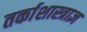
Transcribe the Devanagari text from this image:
तर्काशास्त्राज्ञ